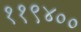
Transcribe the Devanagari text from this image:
११९४००